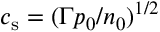
c _ { \mathrm { s } } = ( \Gamma p _ { 0 } / n _ { 0 } ) ^ { 1 / 2 }